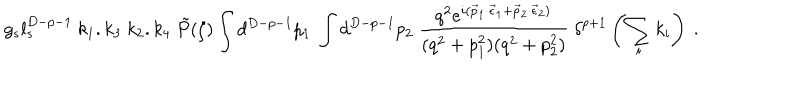
g _ { s } l _ { s } ^ { D - p - 1 } ~ k _ { 1 } . k _ { 3 } ~ k _ { 2 } . k _ { 4 } ~ \tilde { P } ( \zeta ) \int d ^ { D - p - 1 } p _ { 1 } ~ \int d ^ { D - p - 1 } p _ { 2 } ~ \frac { q ^ { 2 } e ^ { i ( { \vec { p } _ { 1 } } \cdot { \vec { \epsilon } _ { 1 } } + { \vec { p } _ { 2 } } \cdot { \vec { \epsilon } _ { 2 } } ) } } { ( q ^ { 2 } + p _ { 1 } ^ { 2 } ) ( q ^ { 2 } + p _ { 2 } ^ { 2 } ) } ~ \delta ^ { p + 1 } \left( \sum _ { i } k _ { i } \right) ~ .